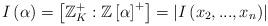
LaTeX: \begin{align*}I\left( \alpha\right) =\left[ \mathbb{Z}_{K}^{+}:\mathbb{Z}\left[\alpha\right] ^{+}\right] =\left\vert I\left( x_{2},...,x_{n}\right)\right\vert\end{align*}